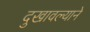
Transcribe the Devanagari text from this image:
दुखावल्याने